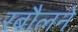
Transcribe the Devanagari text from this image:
रबौलने